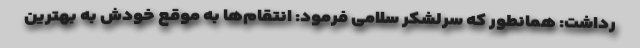
رداشت: همانطور که سرلشکر سلامی فرمود: انتقام‌ها به موقع خودش به بهترین